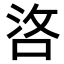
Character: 𠳛